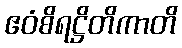
ဧဝံစိရဋ္ဌိတိကာတိ